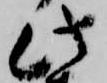
此